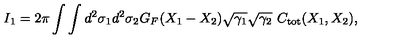
I _ { 1 } = 2 \pi \int \int d ^ { 2 } \sigma _ { 1 } d ^ { 2 } \sigma _ { 2 } G _ { F } ( X _ { 1 } - X _ { 2 } ) \sqrt { \gamma _ { 1 } } \sqrt { \gamma _ { 2 } } \ C _ { \mathrm { t o t } } ( X _ { 1 } , X _ { 2 } ) ,